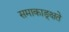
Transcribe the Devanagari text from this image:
समाकाङ्क्षते